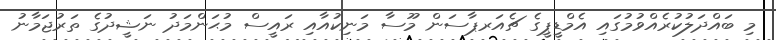
މި ބައްދަލުކުރެއްވުމުގައި އެމްޑީޕީގެ ޗެއަރޕާސަން މޫސާ މަނިކުއާއި ރައީސް މުޙަންމަދު ނަޝީދުގެ ތަރުޖަމާނު